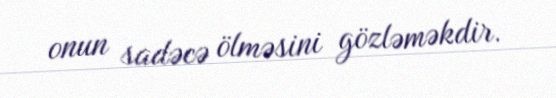
onun sadəcə ölməsini gözləməkdir.